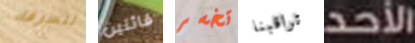
للسرقة قائلين تخسر تراقبنا الأحد